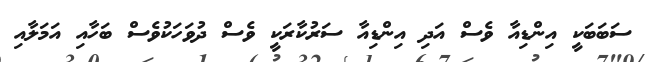
ސަބަބަކީ އިންޑިއާ ވެސް އަދި އިންޑިއާ ސަރުކާރަކީ ވެސް ދުވަހަކުވެސް ބަހާއި އަމަލާއި